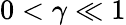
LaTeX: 0<\gamma\ll 1